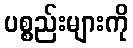
ပစ္စည်းများကို